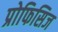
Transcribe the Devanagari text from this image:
प्रोफिसिज